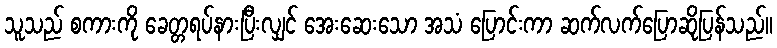
သူသည် စကားကို ခေတ္တရပ်နားပြီးလျှင် အေးဆေးသော အသံ ပြောင်းကာ ဆက်လက်ပြောဆိုပြန်သည်။